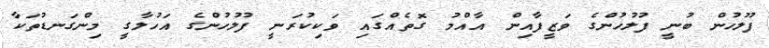
ފުލުހުން ބުނީ ފުލުހުންގެ ވަޒީފާއިން އާއްމު ގޮތެއްގައި ވަކިކުރަނީ ފުލުހުންގެ އަހުލާގީ މިންގަނޑުތަކާ